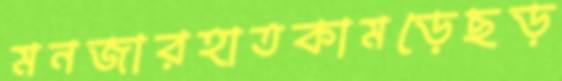
মনজারহাতকামড়েছড়